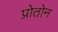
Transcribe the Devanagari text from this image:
प्रोतोन